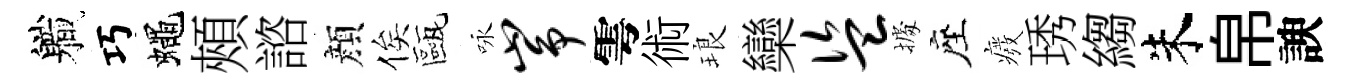
軄巧蠅頰諮顔俟甌咏峥雩術琅欒盗𢴃座癈琇縐朱帛諛